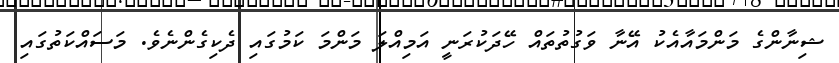
ޝިނާންގެ މަންމައާއެކު އޭނާ ވަގުތުތައް ހޭދަކުރަނީ އަމިއްލަ މަންމަ ކަމުގައި ދެކިގެންނެވެ. މަސައްކަތުގައި